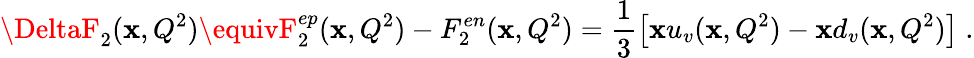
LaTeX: \DeltaF_{2}(\mathbf{x},Q^{2})\equivF_{2}^{ep}(\mathbf{x},Q^{2})-F_{2}^{en}(\mathbf{x},Q^{2})=\frac{{1}}{{3}}\left[\mathbf{x}u_{v}(\mathbf{x},Q^{2})-\mathbf{x}d_{v}(\mathbf{x},Q^{2})\right]\; .